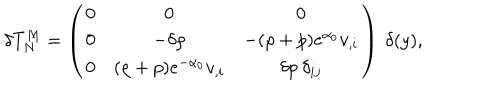
\delta T _ { N } ^ { M } = \left( \begin{array} { c c c } { { 0 } } & { { 0 } } & { { 0 } } \\ { { 0 } } & { { - \delta \rho } } & { { - ( \rho + p ) e ^ { \alpha _ { 0 } } v _ { , i } } } \\ { { 0 } } & { { ( \rho + p ) e ^ { - \alpha _ { 0 } } v _ { , i } } } & { { \delta p \: \delta _ { i j } } } \\ \end{array} \right) \: \delta ( y ) ,